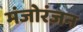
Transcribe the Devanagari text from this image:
मंजोरंजन